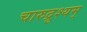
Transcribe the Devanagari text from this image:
चारुद्रुश्यम्